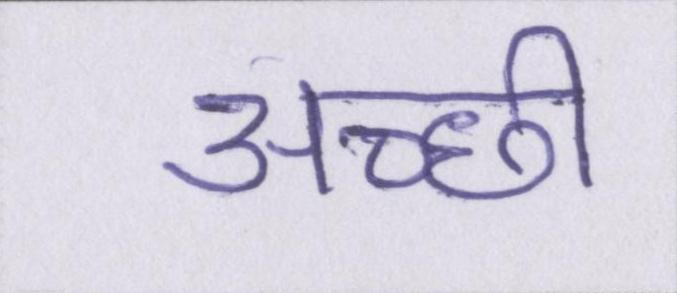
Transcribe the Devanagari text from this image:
अच्छी